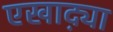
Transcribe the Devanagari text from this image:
एखाद्य़ा